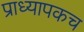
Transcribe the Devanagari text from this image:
प्राध्यापकच